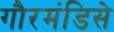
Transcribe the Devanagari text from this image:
गौरमंडिसे